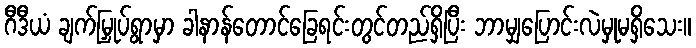
ဂီဒီယံ ချက်မြှုပ်ရွာမှာ ခါနာန်တောင်ခြေရင်းတွင်တည်ရှိပြီး ဘာမျှပြောင်းလဲမှုမရှိသေး။